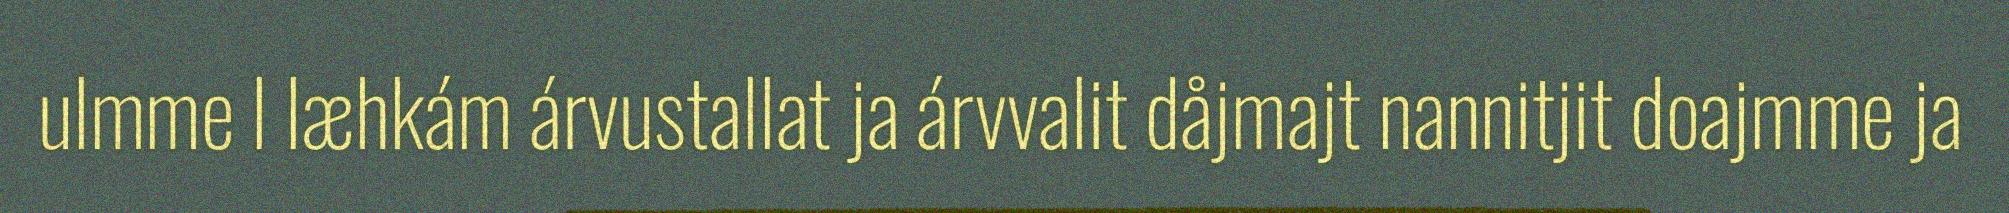
ulmme l læhkám árvustallat ja árvvalit dåjmajt nannitjit doajmme ja